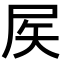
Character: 𡱁